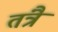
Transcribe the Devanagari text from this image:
तंत्रै